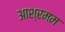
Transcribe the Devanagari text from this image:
आश्रमम